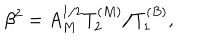
\beta ^ { 2 } = A _ { M } ^ { 1 / 2 } T _ { 2 } ^ { ( M ) } / T _ { 1 } ^ { ( B ) } ,